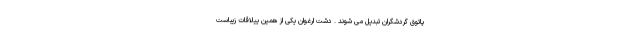
پاتوق گردشگران تبدیل می شوند . دشت ارغوان یکی از همین ییلاقات زیباست